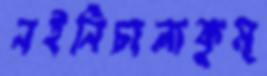
নইনিচালাকুম্